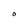
Character: O